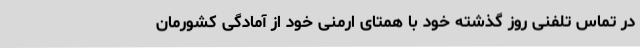
در تماس تلفنی روز گذشته خود با همتای ارمنی‌ خود از آمادگی کشورمان